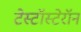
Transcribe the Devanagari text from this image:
टेस्टॉस्टेरॉन